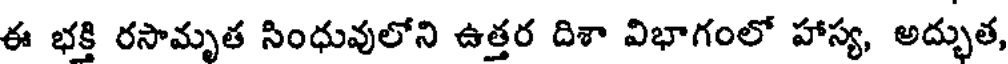
ఈ భక్తి రసామృత సింధువులోని ఉత్తర దిశా విభాగంలో హాస్య, అద్భుత,